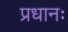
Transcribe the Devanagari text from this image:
प्रधानः